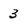
Character: 3